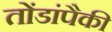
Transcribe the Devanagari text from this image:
तोंडांपैकी